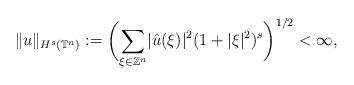
LaTeX: \begin{align*}\Vert u \Vert_{H^s(\mathbb{T}^n)}:=\biggl( \sum_{\xi\in \mathbb{Z}^n} \lvert \hat{u}(\xi) \rvert^{2}(1+\lvert \xi \rvert^{2})^s \biggr)^{1/2}<\infty,\end{align*}